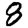
Digit: 8